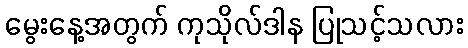
မွေးနေ့အတွက် ကုသိုလ်ဒါန ပြုသင့်သလား